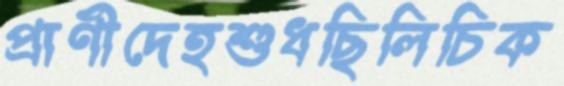
প্রাণীদেহশুধছিলিচিক